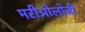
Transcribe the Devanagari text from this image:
मरीओलोजी